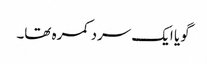
گویا ایک سرد کمرہ تھا۔